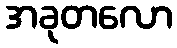
အခုတလော